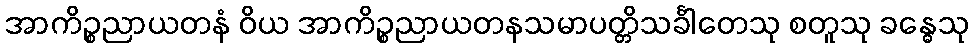
အာကိဉ္စညာယတနံ ဝိယ အာကိဉ္စညာယတနသမာပတ္တိသင်္ခါတေသု စတူသု ခန္ဓေသု